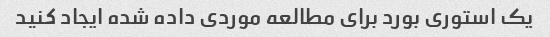
یک استوری بورد برای مطالعه موردی داده شده ایجاد کنید